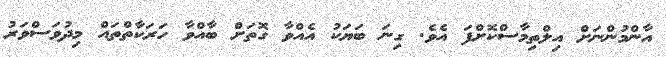
އާންމުންނަށް އިލްތިމާސްކޮށްފަ އެވެ. ގިނަ ބަޔަކު އެއްވާ ގޮތަށް ބާއްވާ ހަރަކާތްތައް މިދުވަސްވަރު